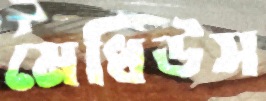
মেধিউস